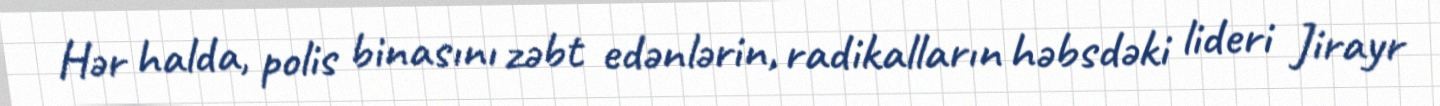
Hər halda, polis binasını zəbt edənlərin, radikalların həbsdəki lideri Jirayr